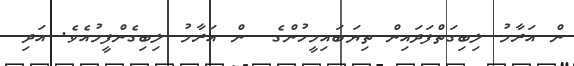
ން އަރާމު ލިބިގަތްފަދައިން ތިޔަބައިމީހުންގެ  ން އަރާމު ލިބިގެންފީމުއެވެ. އަދި